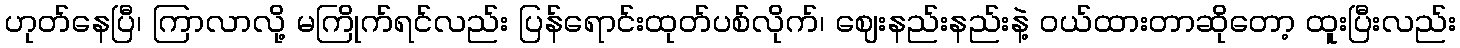
ဟုတ်နေပြီ၊ ကြာလာလို့ မကြိုက်ရင်လည်း ပြန်ရောင်းထုတ်ပစ်လိုက်၊ ဈေးနည်းနည်းနဲ့ ဝယ်ထားတာဆိုတော့ ထူးပြီးလည်း